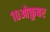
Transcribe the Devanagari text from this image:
१०ओक्तुबर